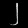
Digit: ၂